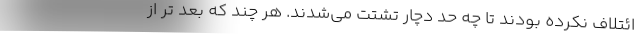
ائتلاف نکرده بودند تا چه حد دچار تشتت می‌شدند. هر چند که بعد تر از